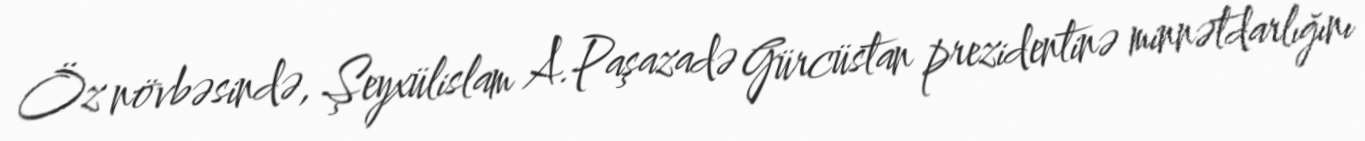
Öz növbəsində, Şeyxülislam A.Paşazadə Gürcüstan prezidentinə minnətdarlığını